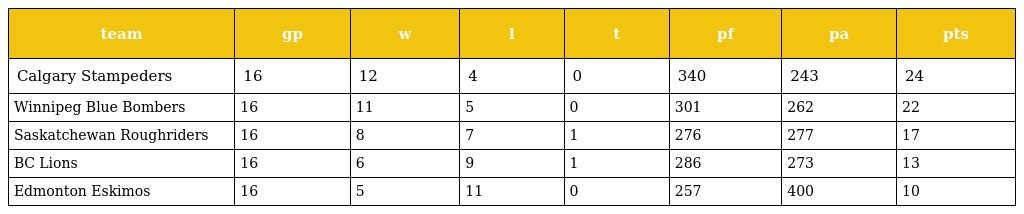
| team | gp | w | l | t | pf | pa | pts |
 | --- | --- | --- | --- | --- | --- | --- | --- |
 | Calgary Stampeders | 16 | 12 | 4 | 0 | 340 | 243 | 24 |
 | Winnipeg Blue Bombers | 16 | 11 | 5 | 0 | 301 | 262 | 22 |
 | Saskatchewan Roughriders | 16 | 8 | 7 | 1 | 276 | 277 | 17 |
 | BC Lions | 16 | 6 | 9 | 1 | 286 | 273 | 13 |
 | Edmonton Eskimos | 16 | 5 | 11 | 0 | 257 | 400 | 10 |